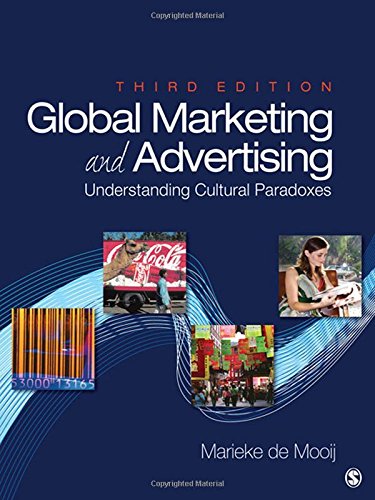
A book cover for Global Marketing and Advertising: Understanding Cultural Paradoxes; Marieke de Mooij; Business & Money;